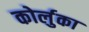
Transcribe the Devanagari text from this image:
कोर्लुका